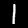
Digit: 1